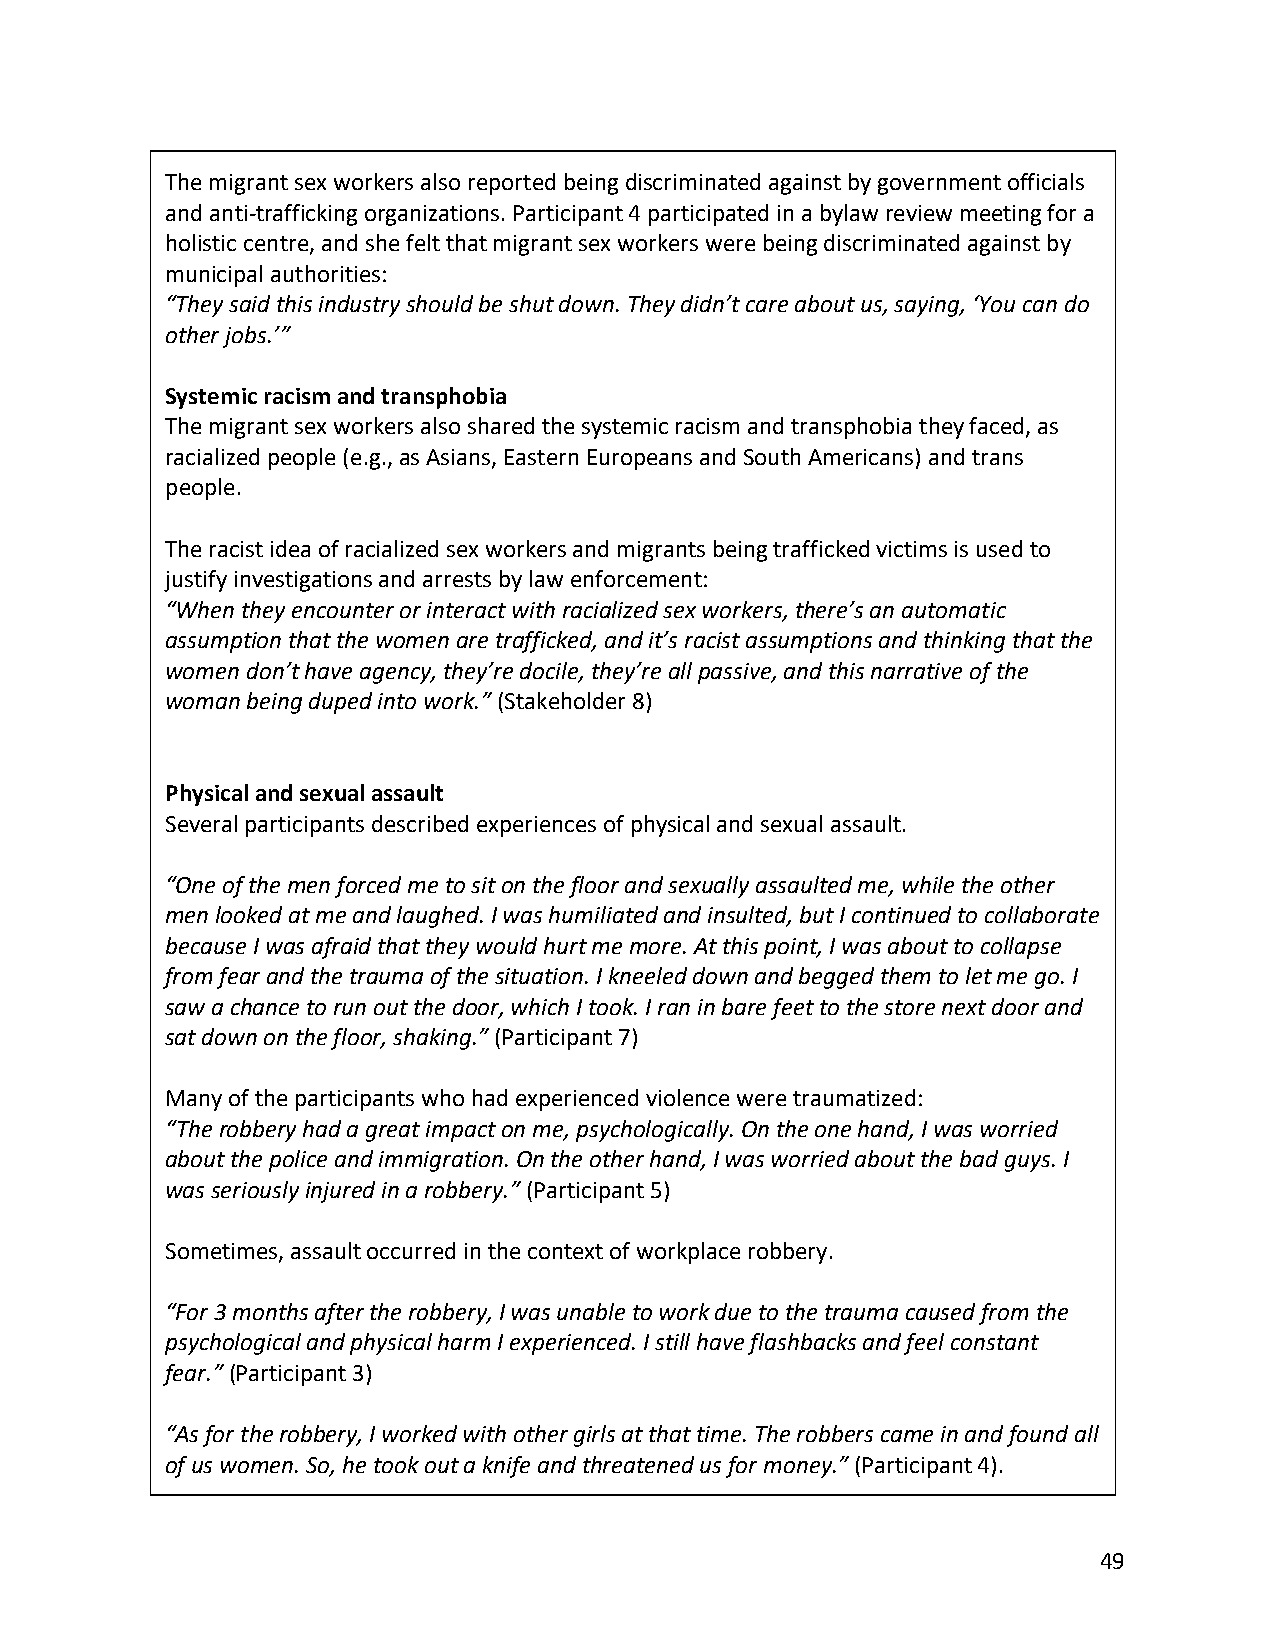
The migrant sex workers also reported being discriminated against by government officials
 and anti-trafficking organizations. Participant 4 participated in a bylaw review meeting for a
 holistic centre, and she felt that migrant sex workers were being discriminated against by
 municipal authorities:
 “They said this industry should be shut down. They didn’t care about us, saying, ‘You can do
 other jobs.’”
 Systemic racism and transphobia
 The migrant sex workers also shared the systemic racism and transphobia they faced, as
 racialized people (e.g., as Asians, Eastern Europeans and South Americans) and trans
 people.
 The racist idea of racialized sex workers and migrants being trafficked victims is used to
 justify investigations and arrests by law enforcement:
 “When they encounter or interact with racialized sex workers, there’s an automatic
 assumption that the women are trafficked, and it’s racist assumptions and thinking that the
 women don’t have agency, they’re docile, they’re all passive, and this narrative of the
 woman being duped into work.” (Stakeholder 8)
 Physical and sexual assault
 Several participants described experiences of physical and sexual assault.
 “One of the men forced me to sit on the floor and sexually assaulted me, while the other
 men looked at me and laughed. I was humiliated and insulted, but I continued to collaborate
 because I was afraid that they would hurt me more. At this point, I was about to collapse
 from fear and the trauma of the situation. I kneeled down and begged them to let me go. I
 saw a chance to run out the door, which I took. I ran in bare feet to the store next door and
 sat down on the floor, shaking.” (Participant 7)
 Many of the participants who had experienced violence were traumatized:
 “The robbery had a great impact on me, psychologically. On the one hand, I was worried
 about the police and immigration. On the other hand, I was worried about the bad guys. I
 was seriously injured in a robbery.” (Participant 5)
 Sometimes, assault occurred in the context of workplace robbery.
 “For 3 months after the robbery, I was unable to work due to the trauma caused from the
 psychological and physical harm I experienced. I still have flashbacks and feel constant
 fear.” (Participant 3)
 “As for the robbery, I worked with other girls at that time. The robbers came in and found all
 of us women. So, he took out a knife and threatened us for money.” (Participant 4).
 49